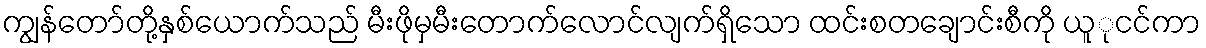
ကျွန်တော်တို့နှစ်ယောက်သည် မီးဖိုမှမီးတောက်လောင်လျက်ရှိသော ထင်းစတချောင်းစီကို ယူုငင်ကာ